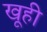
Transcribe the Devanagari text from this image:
खूही